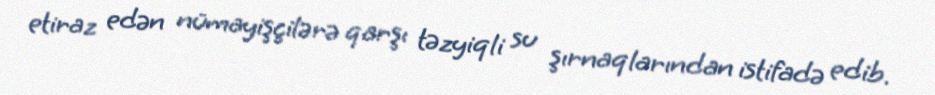
etiraz edən nümayişçilərə qarşı təzyiqli su şırnaqlarından istifadə edib.